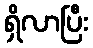
ရှိလာပြီး